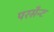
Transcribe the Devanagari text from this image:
परसैन्ट